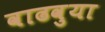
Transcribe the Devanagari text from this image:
वाढवुया